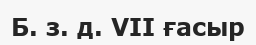
Б. з. д. VII ғасыр